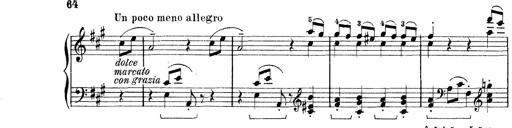
Title: Rapsodie: 19 ungheresi, 1 spagnuola
Composer: Franz Liszt